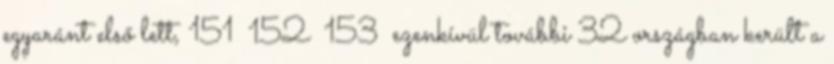
egyaránt első lett, 151 152 153 ezenkívül további 32 országban került a